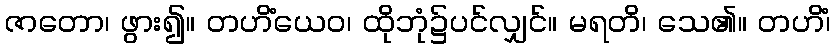
ဇာတော၊ ဖွား၍။ တဟိံယေဝ၊ ထိုဘုံ၌ပင်လျှင်။ မရတိ၊ သေ၏။ တဟိံ၊